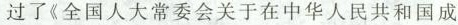
过了《全国人大常委会关于在中华人民共和国成